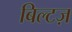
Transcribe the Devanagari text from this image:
बिल्टज़